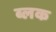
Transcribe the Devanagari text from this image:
ब्लक